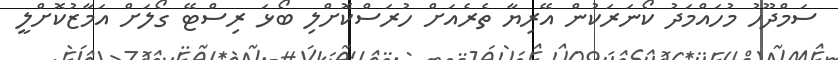
ސަމްދޫހު މުހައްމަދު ކޯނަރަކުން އޭރިޔާ ތެރެއަށް ހުރަސްކޮށްލި ބޯޅަ ރިސްޓޭ ގޯލަށް އަމާޒުކޮށްލީ